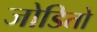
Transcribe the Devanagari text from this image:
जोडितो